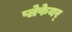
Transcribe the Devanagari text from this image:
प्लेफेयर्